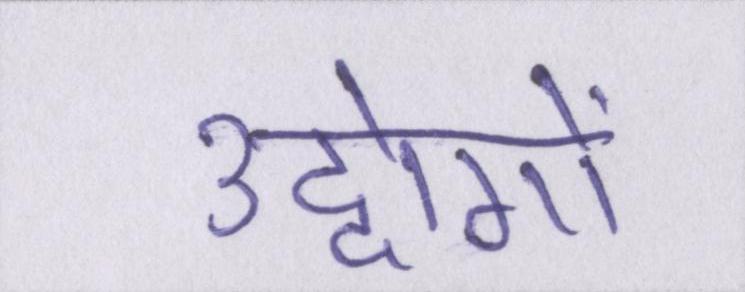
उद्दोगों